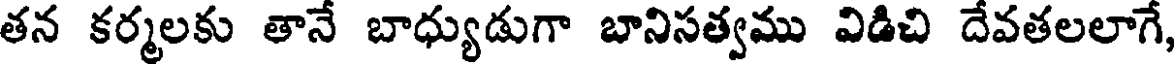
తన కర్మలకు తానే బాధ్యుడుగా బానిసత్వము విడిచి దేవతలలాగే,